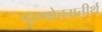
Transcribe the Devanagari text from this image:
पुरुषोत्तमतीर्थ